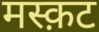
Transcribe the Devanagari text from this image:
मस्क़ट